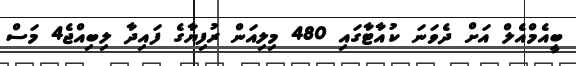
ބީއެމްއެލް އަށް ދެވަނަ ކުއާޓާގައި 480 މިލިއަން ރުފިޔާގެ ފައިދާ ލިބިއްޖެ4 މަސް